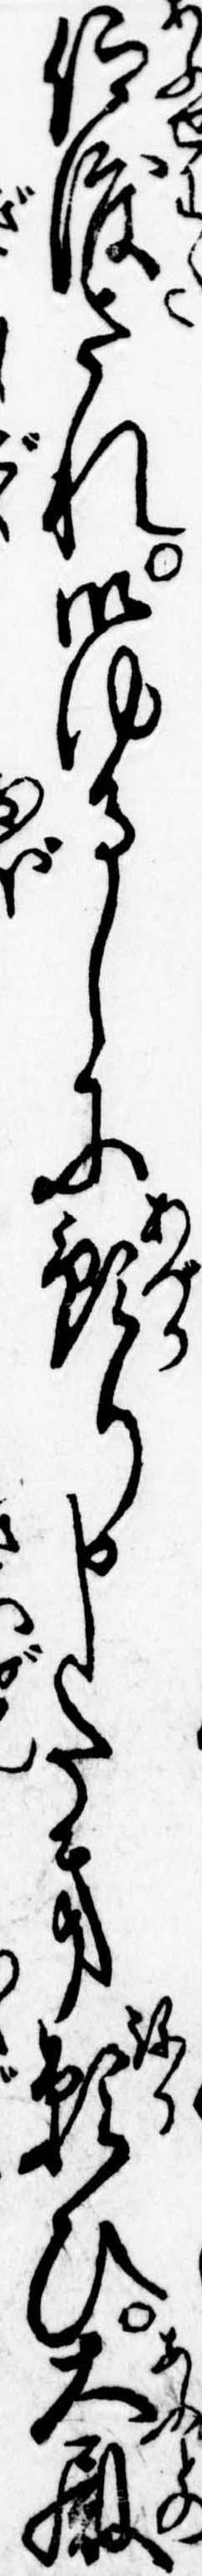
仰渡され御ゆるしに預り申たき願ひ大殿